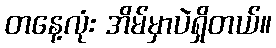
တနေ့လုံး အိမ်မှာပဲရှိတယ်။